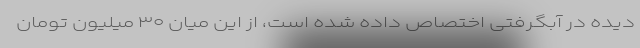
دیده در آبگرفتی اختصاص داده شده است، از این میان ۳۰ میلیون تومان